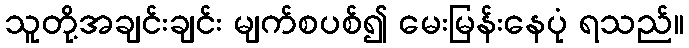
သူတို့အချင်းချင်း မျက်စပစ်၍ မေးမြန်းနေပုံ ရသည်။